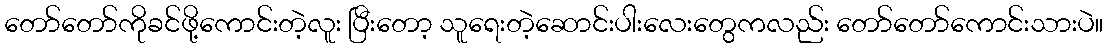
တော်တော်ကိုခင်ဖို့ကောင်းတဲ့လူး ပြီးတော့ သူရေးတဲ့ဆောင်းပါးလေးတွေကလည်း တော်တော်ကောင်းသားပဲ။